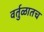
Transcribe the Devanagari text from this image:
वर्तुळातच